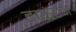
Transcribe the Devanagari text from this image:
टाऊंटन